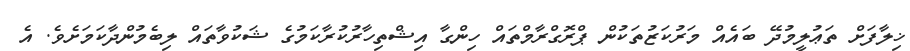
ޚިލާފަށް ތަޢުލީމުދޭ ބައެއް މަރުކަޒުތަކުން ޕްރޮގްރާމްތައް ހިންގާ އިޝްތިހާރުކުރާކަމުގެ ޝަކުވާތައް ލިބެމުންދާކަމަށެވެ. އެ